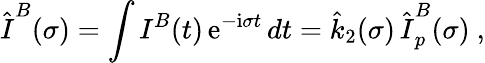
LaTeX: \hat{\mathbf\cal I}^{B}(\sigma)=\int{\mathbf\cal I}^{B}(t)\, \mathrm{e}^{-\mathrm{i}\sigma t}\, dt=\hat{k}_{2}(\sigma)\, \hat{\mathbf\cal I}_{p}^{B}(\sigma)\ ,